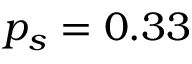
p _ { s } = 0 . 3 3